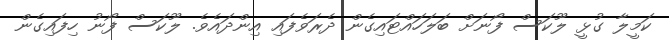
ކަމީލާ ގުޅީ ލޫކަސް ފޯނަށް ބަލަހައްޓައިގެން ދެރަވެފައި އިންދައެވެ. ލޫކަސް ފޯނު ހިފައިގެން